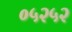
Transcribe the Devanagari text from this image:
०५२५२